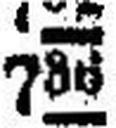
736